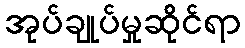
အုပ်ချုပ်မှုဆိုင်ရာ